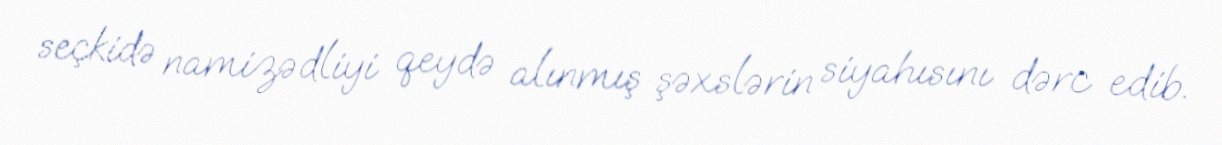
seçkidə namizədliyi qeydə alınmış şəxslərin siyahısını dərc edib.